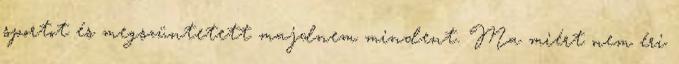
sportot és megszüntetett majdnem mindent. Ma miért nem éri